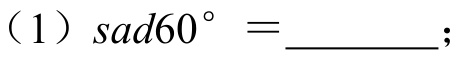
（1）\(sad60^{\circ}=\underline{\qquad}\)；